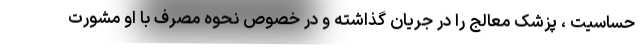
حساسیت ، پزشک معالج را در جریان گذاشته و در خصوص نحوه مصرف با او مشورت